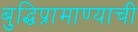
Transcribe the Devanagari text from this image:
बुद्धिप्रामाण्याची